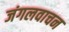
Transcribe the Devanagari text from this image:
जंगलवाचन